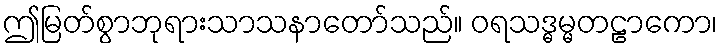
ဤမြတ်စွာဘုရားသာသနာတော်သည်။ ဝရသဒ္ဓမ္မတဠာကော၊